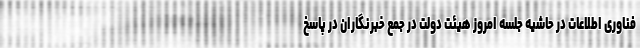
فناوری اطلاعات در حاشیه جلسه امروز هیئت دولت در جمع خبرنگاران در پاسخ